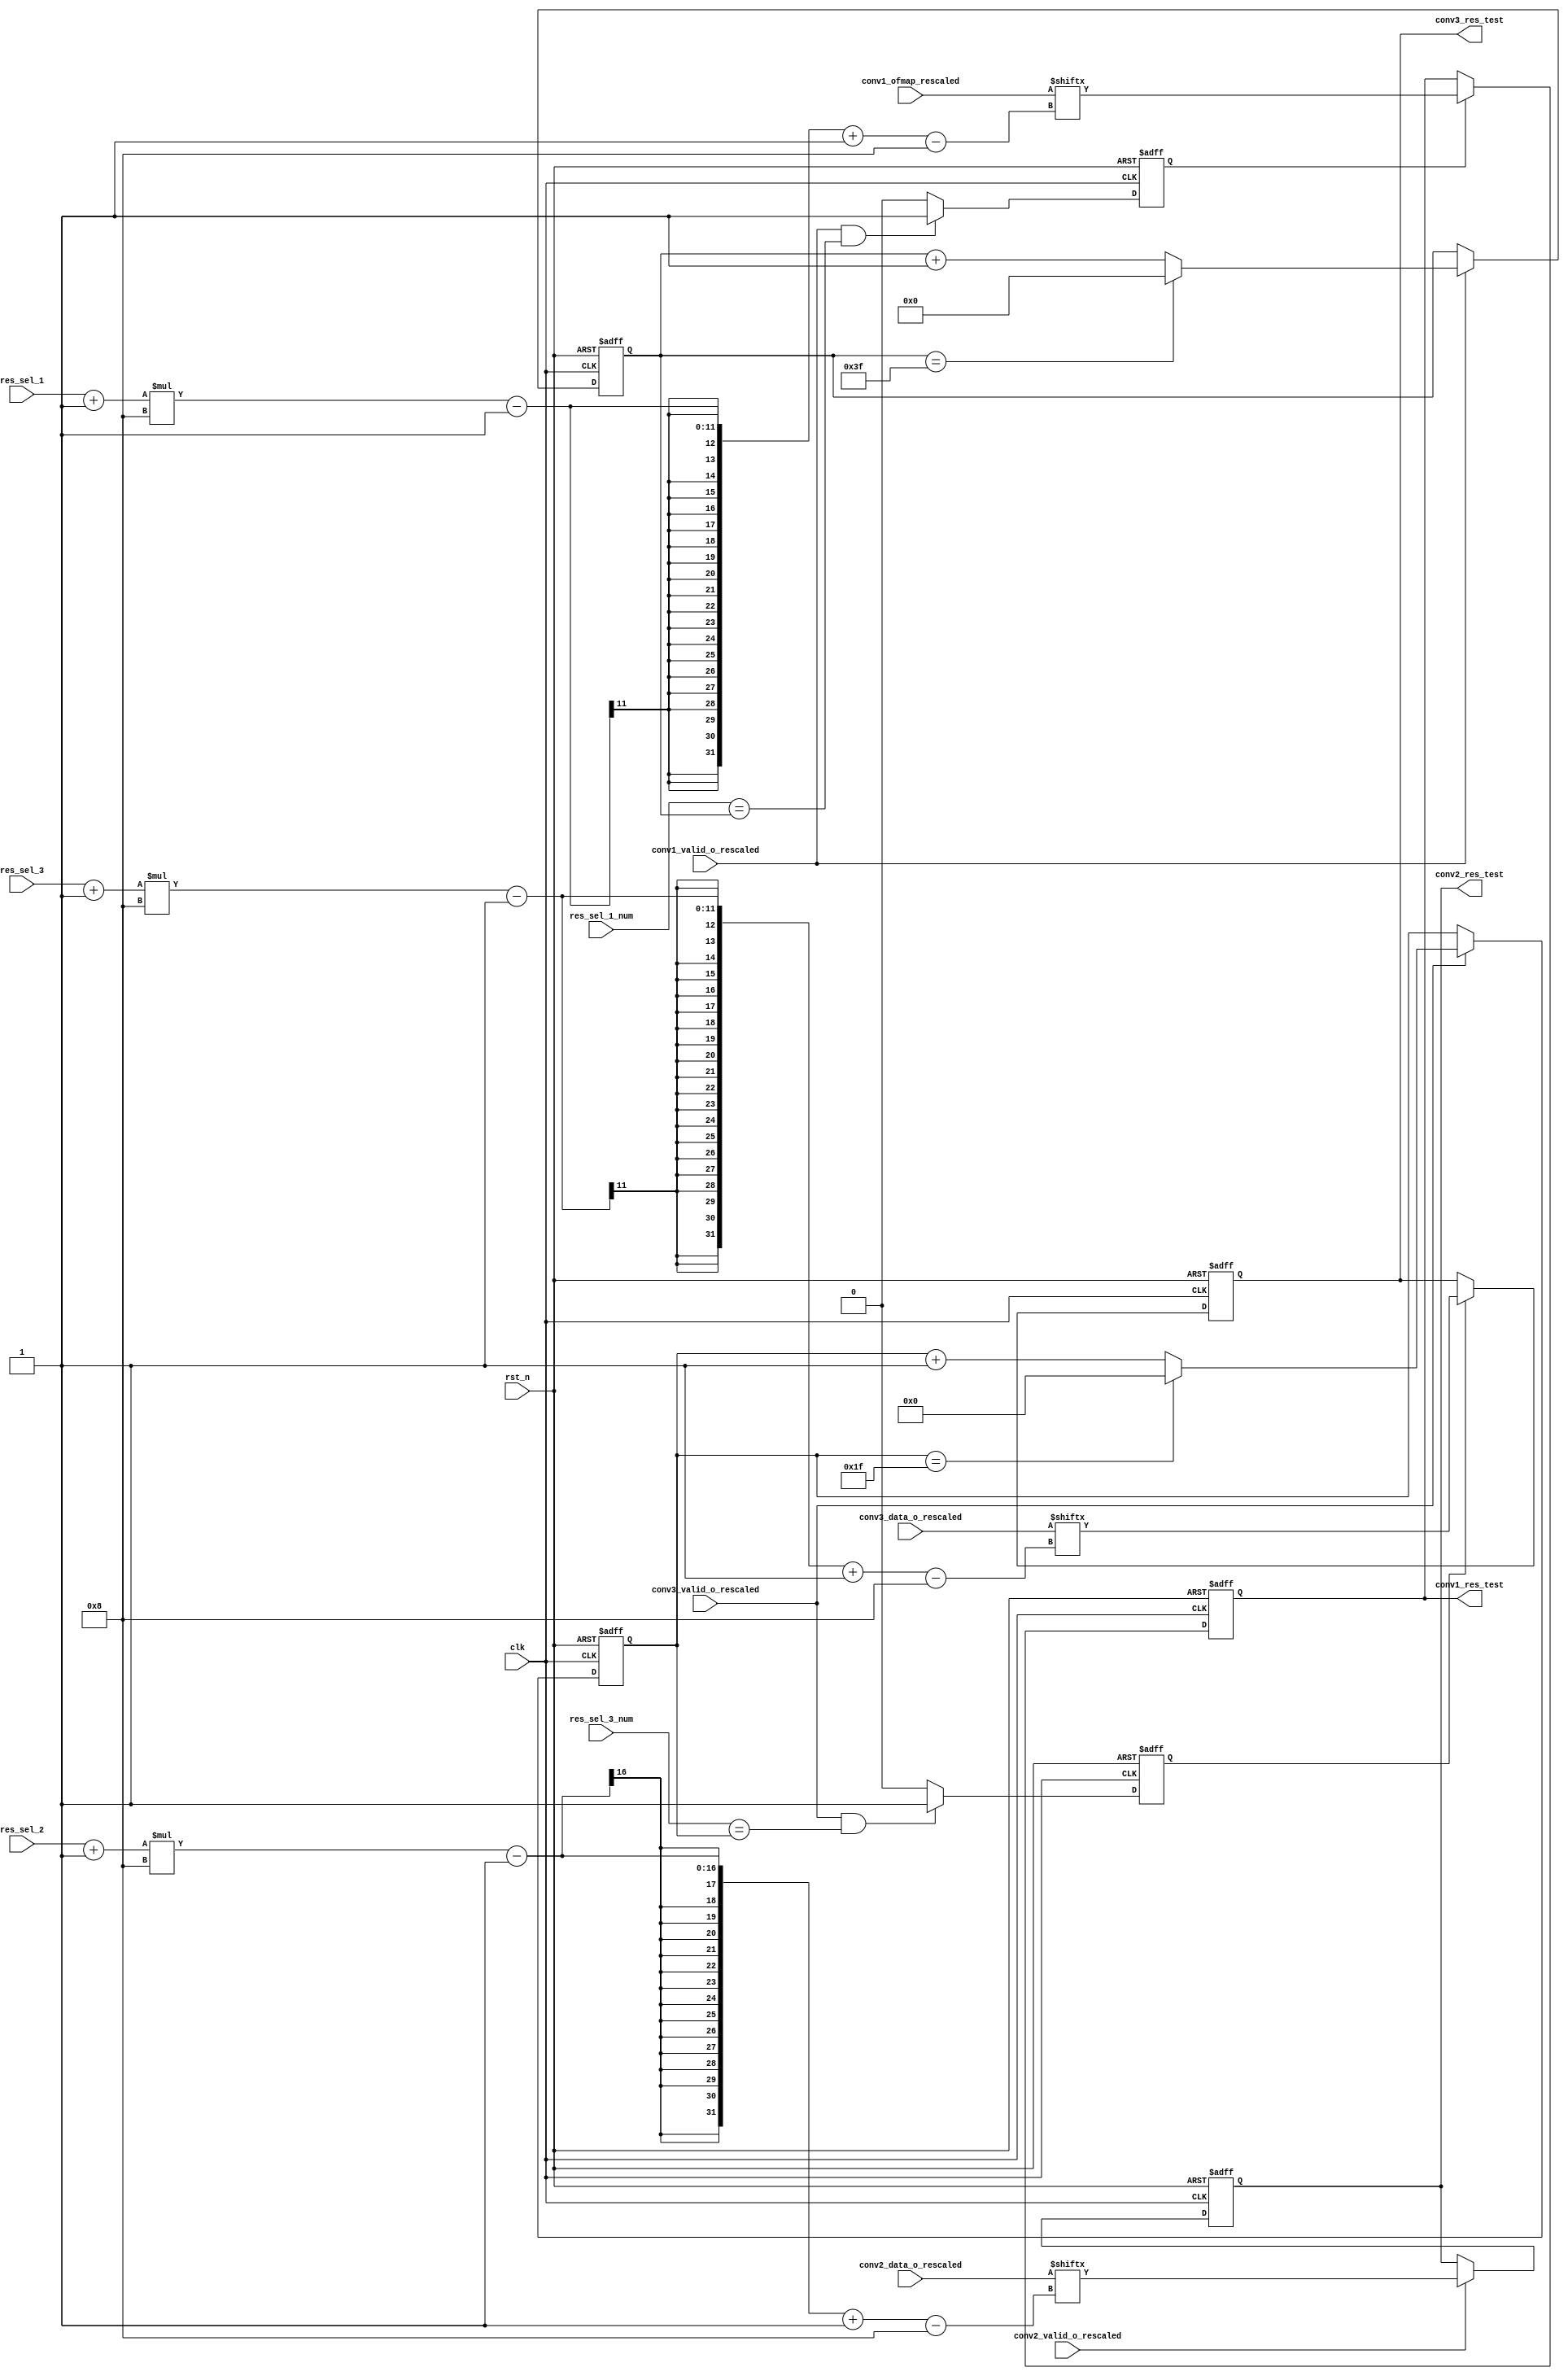
//////////////////////////////////////////////////////////////////////////////////
// School: Shanghai Jiao Tong University
//
// Create Date: 
// Module Name: res test
// Project Name: CNN 
// Description: The test module, mainly testing the result of each layer.
//
// Revision:
//
//////////////////////////////////////////////////////////////////////////////////

module res_test(
	input clk,
	input rst_n,

    //select number
    input wire [5:0] res_sel_1,      //0-39, 40
    input wire [5:0] res_sel_1_num,  //0-63, 64
	input wire [10:0] res_sel_2,     //0-1151, 1152
	input wire [5:0] res_sel_3,      //0-35, 36
 	input wire [4:0] res_sel_3_num,  //0-31,32
	
	//valid
	input wire conv1_valid_o_rescaled,
	input wire conv2_valid_o_rescaled,
	input wire conv3_valid_o_rescaled,
	
	//data_i
	input wire [8*40-1:0]conv1_ofmap_rescaled,
	input wire [8*36*32-1:0]conv2_data_o_rescaled,
	input wire [8*36-1:0] conv3_data_o_rescaled,
	
	//data_o
	output reg [7:0] conv1_res_test,
	output reg [7:0] conv2_res_test,
	output reg [7:0] conv3_res_test
);


reg conv1_en;
reg conv3_en;
reg [5:0] conv1_num;  //0-63
reg [4:0] conv3_num;  //0-31
//reg [5:0] conv1_index;//max:40
//reg [5:0] conv3_index; //max:36

//conv1
always @(posedge clk or negedge rst_n) begin
	if (!rst_n)
		conv1_num <= 0;
	else if (conv1_valid_o_rescaled) begin
		if (conv1_num == 6'd63)
			conv1_num <= 0;
		else
			conv1_num <= conv1_num + 1'b1;
	end
end


always @(posedge clk or negedge rst_n) begin
        if (!rst_n)
                conv1_en <= 0;
        else if (conv1_valid_o_rescaled && (res_sel_1_num == conv1_num))
                conv1_en <= 1'b1;
		else
			conv1_en <=1'b0;
end


always @(posedge clk or negedge rst_n) begin
	if (!rst_n)
		conv1_res_test <= 0;
	else if (conv1_en)
		conv1_res_test <= conv1_ofmap_rescaled[(res_sel_1+1)*8 -1-:8];
end

//conv2
always @(posedge clk or negedge rst_n) begin
	if (!rst_n)
		conv2_res_test <= 0;
	else if (conv2_valid_o_rescaled) 
		conv2_res_test <= conv2_data_o_rescaled[(res_sel_2+1)*8 -1-:8];
end

//conv3
always @(posedge clk or negedge rst_n) begin
	if (!rst_n)
		conv3_num <= 0;
	else if (conv3_valid_o_rescaled) begin
		if (conv3_num == 5'd31)
			conv3_num <= 0;
		else
			conv3_num <= conv3_num + 1'b1;
	end
end

always @(posedge clk or negedge rst_n) begin
        if (!rst_n)
                conv3_en <= 0;
        else if (conv3_valid_o_rescaled && (res_sel_3_num == conv3_num))
                conv3_en <= 1'b1;
		else
			conv3_en <= 1'b0;
end

always @(posedge clk or negedge rst_n) begin
	if (!rst_n)
		conv3_res_test <= 0;
	else  if (conv3_en)
		conv3_res_test <= conv3_data_o_rescaled[(res_sel_3 + 1)*8 -1-:8];
end


endmodule